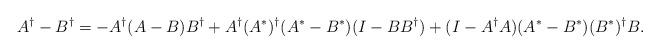
LaTeX: \begin{align*}A^\dagger - B^\dagger=-A^\dagger(A-B)B^\dagger + A^\dagger (A^* )^\dagger (A^* - B^*)(I - BB^\dagger) + (I-A^\dagger A)(A^* - B^*) (B^*)^\dagger B.\end{align*}